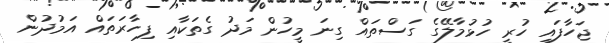
ޖަހާފައި ހުރީ ހުޅުމާލޭގެ ގަސްތައް ގިނަ މީހުން މަދު ގެތަކާއި ފިހާރަތައް އަމުދުން